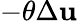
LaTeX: -\theta\Delta\mathbf{u}